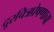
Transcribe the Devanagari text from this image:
दूरचित्रप्रेषणाचा